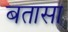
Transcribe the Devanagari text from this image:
बतासा